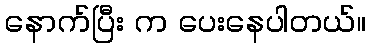
နောက်ပြီး က ပေးနေပါတယ်။